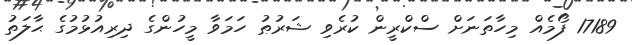
17189 ފޯމެއް މިހާތަނަށް ސްކްރީން ކުރެވި ޝަރުޠު ހަމަވާ މީހުންގެ ދިރިއުޅުމުގެ ޙާލަތު